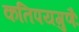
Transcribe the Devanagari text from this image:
कतिपयगुणैः